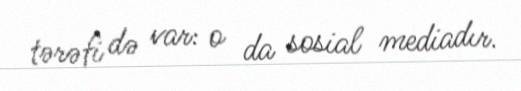
tərəfi də var: o da sosial mediadır.